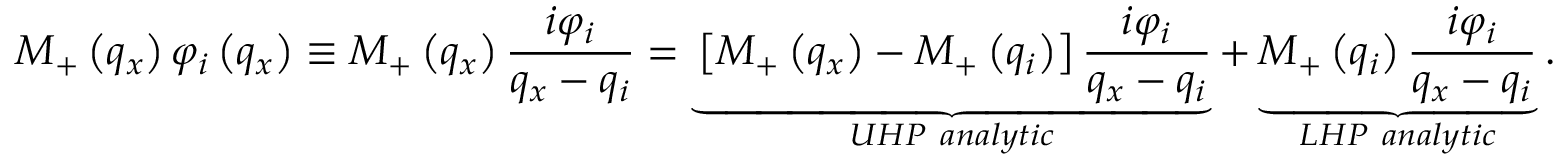
{ { M } _ { + } } \left( { { q } _ { x } } \right) { { \varphi } _ { i } } \left( { { q } _ { x } } \right) \equiv { { M } _ { + } } \left( { { q } _ { x } } \right) \frac { i { { \varphi } _ { i } } } { { { q } _ { x } } - { { q } _ { i } } } = \underbrace { \left[ { { M } _ { + } } \left( { { q } _ { x } } \right) - { { M } _ { + } } \left( { { q } _ { i } } \right) \right] \frac { i { { \varphi } _ { i } } } { { { q } _ { x } } - { { q } _ { i } } } } _ { U H P \ a n a l y t i c } + \underbrace { { { M } _ { + } } \left( { { q } _ { i } } \right) \frac { i { { \varphi } _ { i } } } { { { q } _ { x } } - { { q } _ { i } } } } _ { L H P \ a n a l y t i c } .